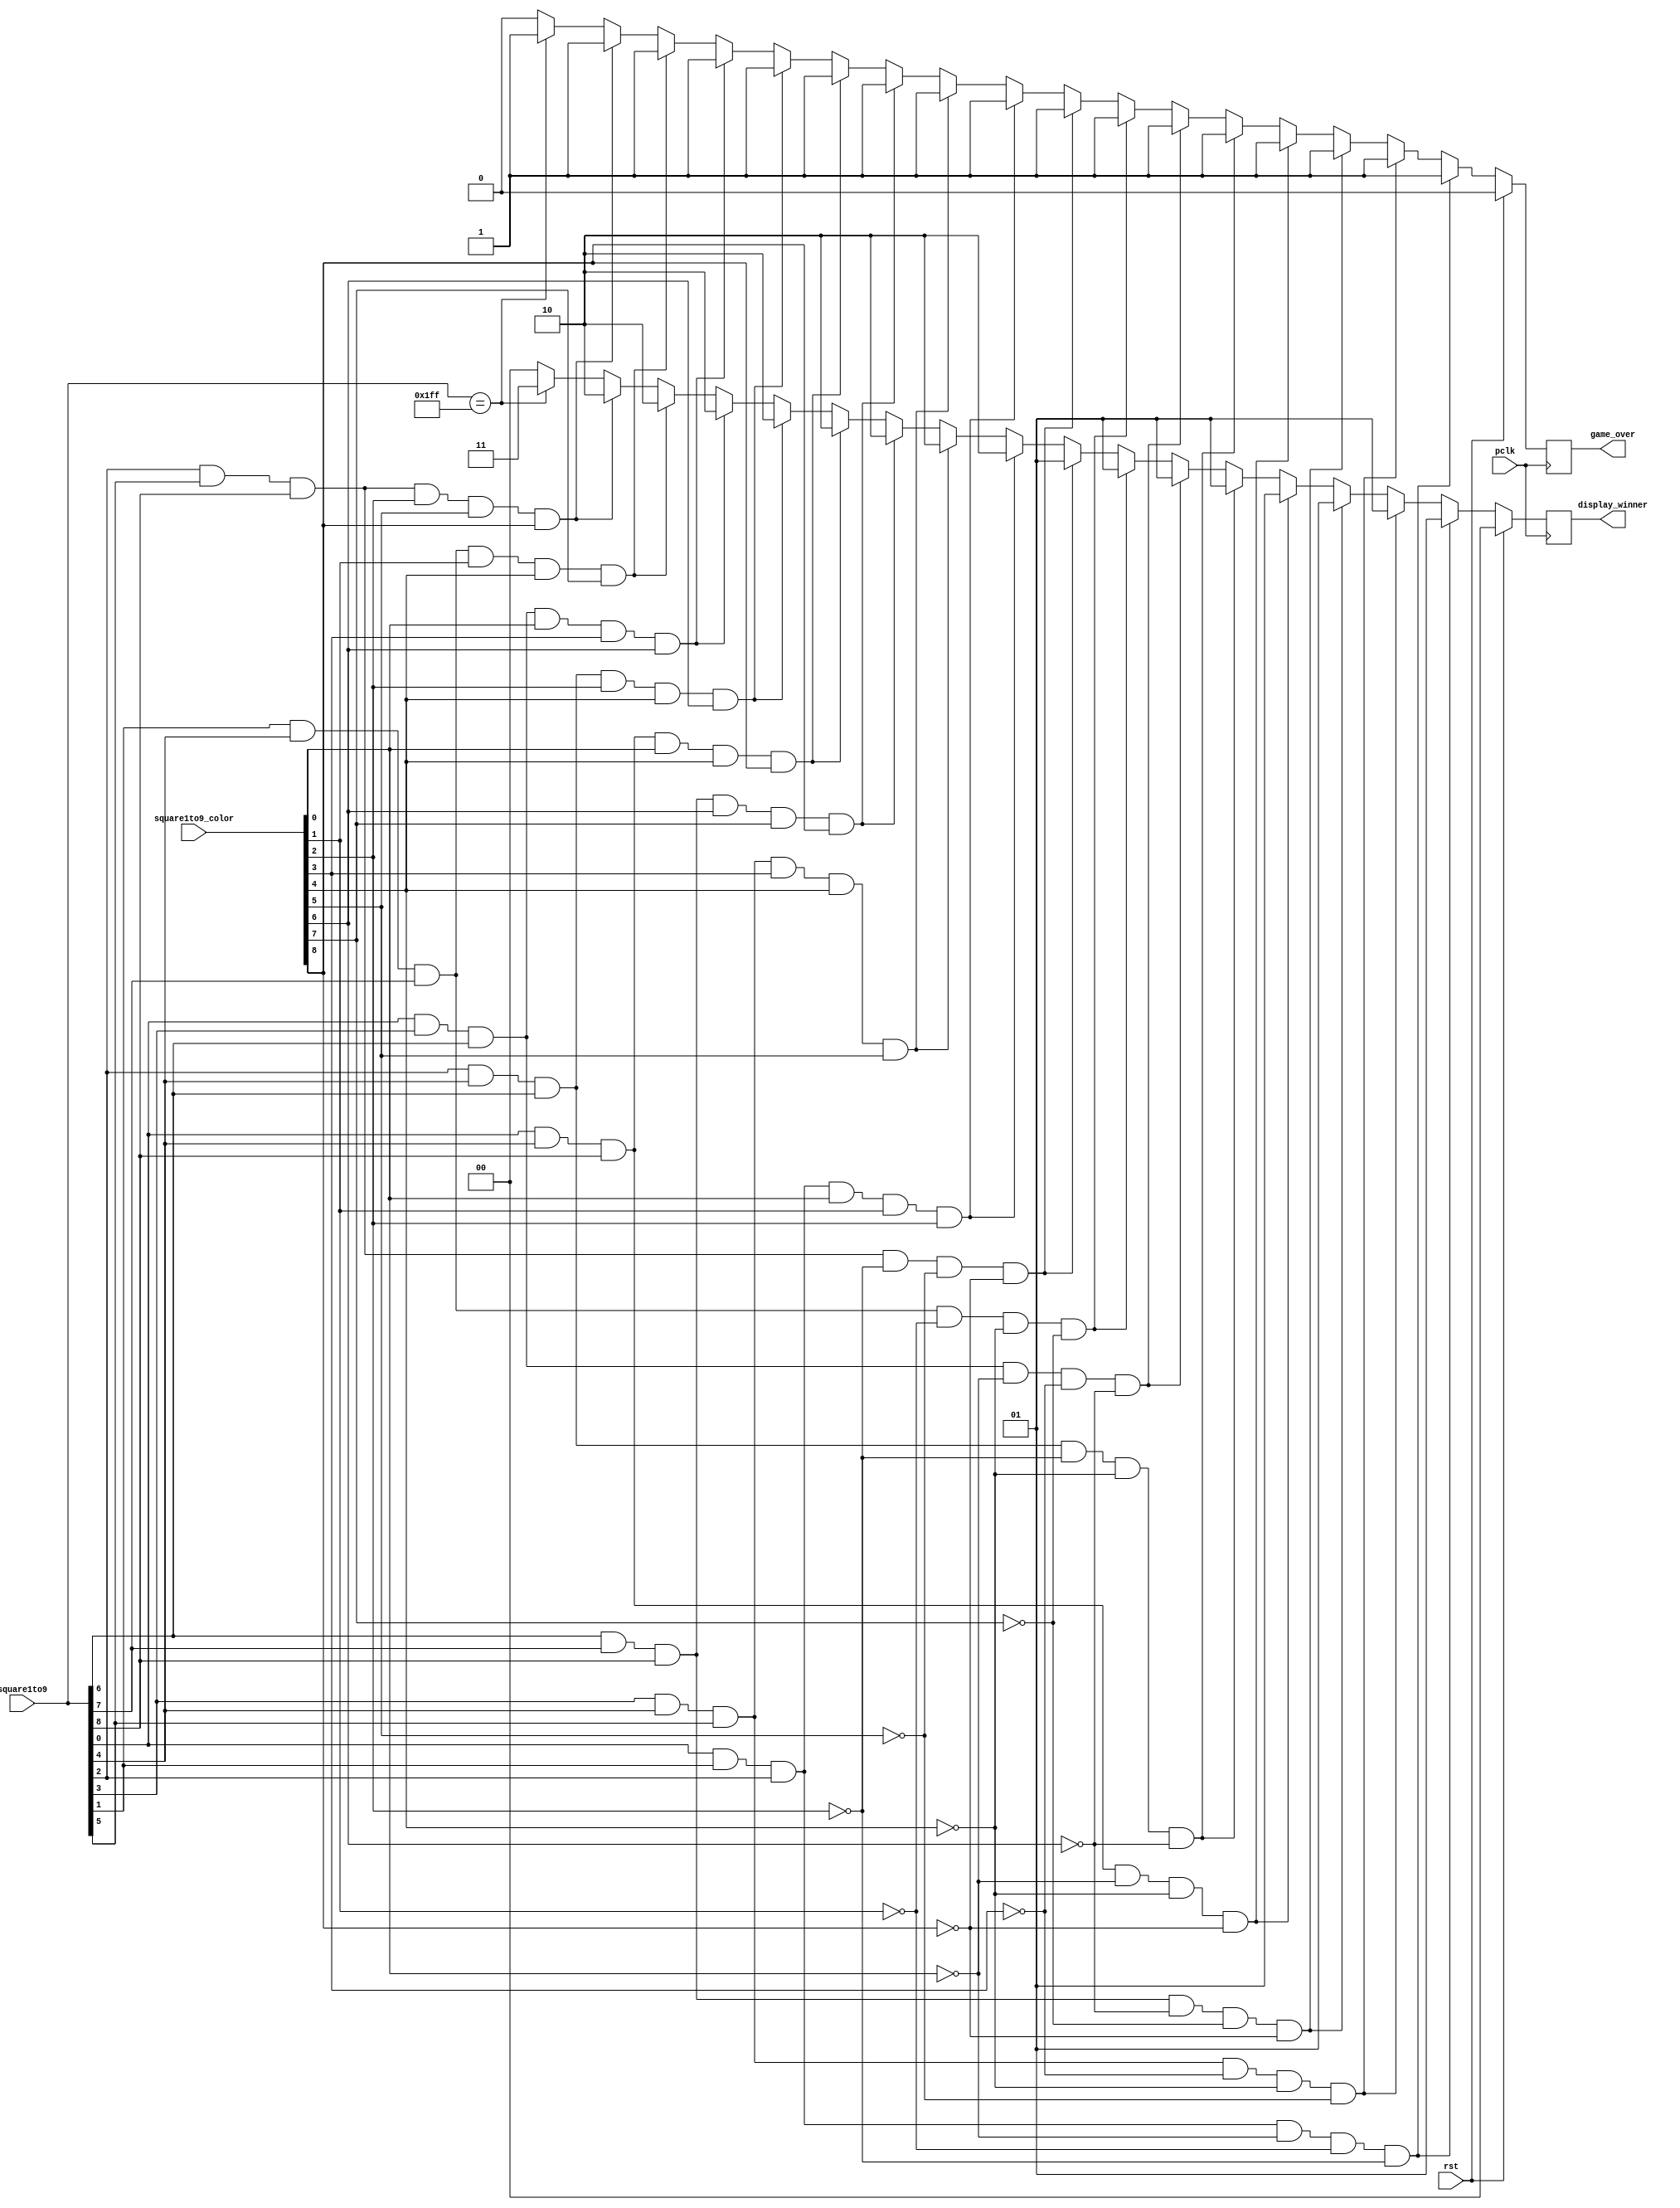
`timescale 1ns / 1ps
//////////////////////////////////////////////////////////////////////////////////
// Company: AGH UST
// Engineers: Hubert Kwaniewski, Marcin Mistela
// 
// Design Name: 
// Module Name: winner_check
// Project Name: Tic-tac-toe game
// Target Devices: 
// Tool Versions: 
// Description: 
// 
// Dependencies: 
// 
// Revision:
// Revision 0.01 - File Created
// Additional Comments:
// 
//////////////////////////////////////////////////////////////////////////////////


module winner_check(
    input wire pclk, rst,
    input wire [8:0] square1to9,
    input wire [8:0] square1to9_color,
    output reg [1:0] display_winner, // 00: nobody wins, game is on 01: Player1 wins, 10: Player2 wins, 11: Draw
    output reg game_over
    );
    
    reg [1:0] display_winner_nxt;
    reg game_over_nxt;
    
    
    always@(posedge pclk)
    begin
        if(rst)
        begin
            display_winner <= 0;
            game_over <= 0;
        end
        else
        begin
            display_winner <= display_winner_nxt;
            game_over <= game_over_nxt;
        end
    end
    
    always@*
    begin
        if((square1to9[0] && square1to9[1] && square1to9[2] && (square1to9_color[0] == 0) && (square1to9_color[1] == 0) && (square1to9_color[2] == 0)))
        begin
            display_winner_nxt = 2'b01;
            game_over_nxt = 1;
        end
        else if((square1to9[3] && square1to9[4] && square1to9[5] && (square1to9_color[3] == 0) && (square1to9_color[4] == 0) && (square1to9_color[5] == 0)))
        begin
            display_winner_nxt = 2'b01;
            game_over_nxt = 1;
        end
        else if((square1to9[6] && square1to9[7] && square1to9[8] && (square1to9_color[6] == 0) && (square1to9_color[7] == 0) && (square1to9_color[8] == 0)))
        begin
            display_winner_nxt = 2'b01;
            game_over_nxt = 1;
        end
        else if((square1to9[0] && square1to9[4] && square1to9[8] && (square1to9_color[0] == 0) && (square1to9_color[4] == 0) && (square1to9_color[8] == 0)))
        begin
            display_winner_nxt = 2'b01;
            game_over_nxt = 1;
        end
        else if((square1to9[2] && square1to9[4] && square1to9[6] && (square1to9_color[2] == 0) && (square1to9_color[4] == 0) && (square1to9_color[6] == 0)))
        begin
            display_winner_nxt = 2'b01;
            game_over_nxt = 1;
        end
        else if((square1to9[0] && square1to9[3] && square1to9[6] && (square1to9_color[0] == 0) && (square1to9_color[3] == 0) && (square1to9_color[6] == 0)))
        begin
            display_winner_nxt = 2'b01;
            game_over_nxt = 1;
        end
        else if((square1to9[1] && square1to9[4] && square1to9[7] && (square1to9_color[1] == 0) && (square1to9_color[4] == 0) && (square1to9_color[7] == 0)))
        begin
            display_winner_nxt = 2'b01;
            game_over_nxt = 1;
        end
        else if((square1to9[2] && square1to9[5] && square1to9[8] && (square1to9_color[2] == 0) && (square1to9_color[5] == 0) && (square1to9_color[8] == 0)))
        begin
            display_winner_nxt = 2'b01;
            game_over_nxt = 1;
        end
        else if((square1to9[0] && square1to9[1] && square1to9[2] && (square1to9_color[0] == 1) && (square1to9_color[1] == 1) && (square1to9_color[2] == 1)))
        begin
            display_winner_nxt = 2'b10;
            game_over_nxt = 1;
        end
        else if((square1to9[3] && square1to9[4] && square1to9[5] && (square1to9_color[3] == 1) && (square1to9_color[4] == 1) && (square1to9_color[5] == 1)))
        begin
            display_winner_nxt = 2'b10;
            game_over_nxt = 1;
        end
        else if((square1to9[6] && square1to9[7] && square1to9[8] && (square1to9_color[6] == 1) && (square1to9_color[7] == 1) && (square1to9_color[8] == 1)))
        begin
            display_winner_nxt = 2'b10;
            game_over_nxt = 1;
        end
        else if((square1to9[0] && square1to9[4] && square1to9[8] && (square1to9_color[0] == 1) && (square1to9_color[4] == 1) && (square1to9_color[8] == 1)))
        begin
            display_winner_nxt = 2'b10;
            game_over_nxt = 1;
        end
        else if((square1to9[2] && square1to9[4] && square1to9[6] && (square1to9_color[2] == 1) && (square1to9_color[4] == 1) && (square1to9_color[6] == 1)))
        begin
            display_winner_nxt = 2'b10;
            game_over_nxt = 1;
        end
        else if((square1to9[0] && square1to9[3] && square1to9[6] && (square1to9_color[0] == 1) && (square1to9_color[3] == 1) && (square1to9_color[6] == 1)))
        begin
            display_winner_nxt = 2'b10;
            game_over_nxt = 1;
        end
        else if((square1to9[1] && square1to9[4] && square1to9[7] && (square1to9_color[1] == 1) && (square1to9_color[4] == 1) && (square1to9_color[7] == 1)))
        begin
            display_winner_nxt = 2'b10;
            game_over_nxt = 1;
        end
        else if((square1to9[2] && square1to9[5] && square1to9[8] && (square1to9_color[2] == 1) && (square1to9_color[5] == 1) && (square1to9_color[8] == 1)))
        begin
            display_winner_nxt = 2'b10;
            game_over_nxt = 1;
        end
        else if(square1to9 == 9'b111111111)
        begin
            display_winner_nxt = 2'b11;
            game_over_nxt = 1;
        end
        else
        begin
            display_winner_nxt = 2'b00;
            game_over_nxt = 0;
        end
    end
    
endmodule